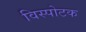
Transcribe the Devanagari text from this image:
विस्पोटक